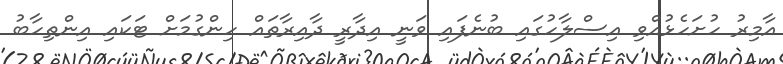
އާމިރު ހުށަހެޅުއްވި އިސްލާހުގައި ބުނެފައި ވަނީ އިދާރީ ދާއިރާތައް ހިންގުމަށް ޓަކައި އިންތިހާބު